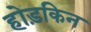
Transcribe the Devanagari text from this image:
होड़किन